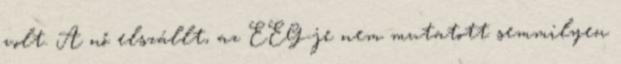
volt. A nő elszállt, az EEG-je nem mutatott semmilyen